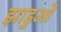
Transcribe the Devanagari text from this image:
झाड़ुओं